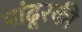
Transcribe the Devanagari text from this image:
पांढूरकी